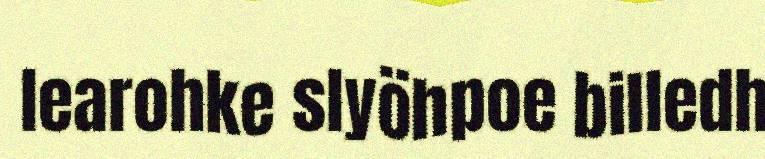
learohke slyöhpoe billedh